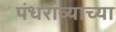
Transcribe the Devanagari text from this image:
पंधराव्याच्या